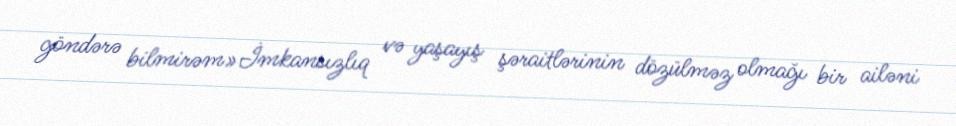
göndərə bilmirəm»İmkansızlıq və yaşayış şəraitlərinin dözülməz olmağı bir ailəni